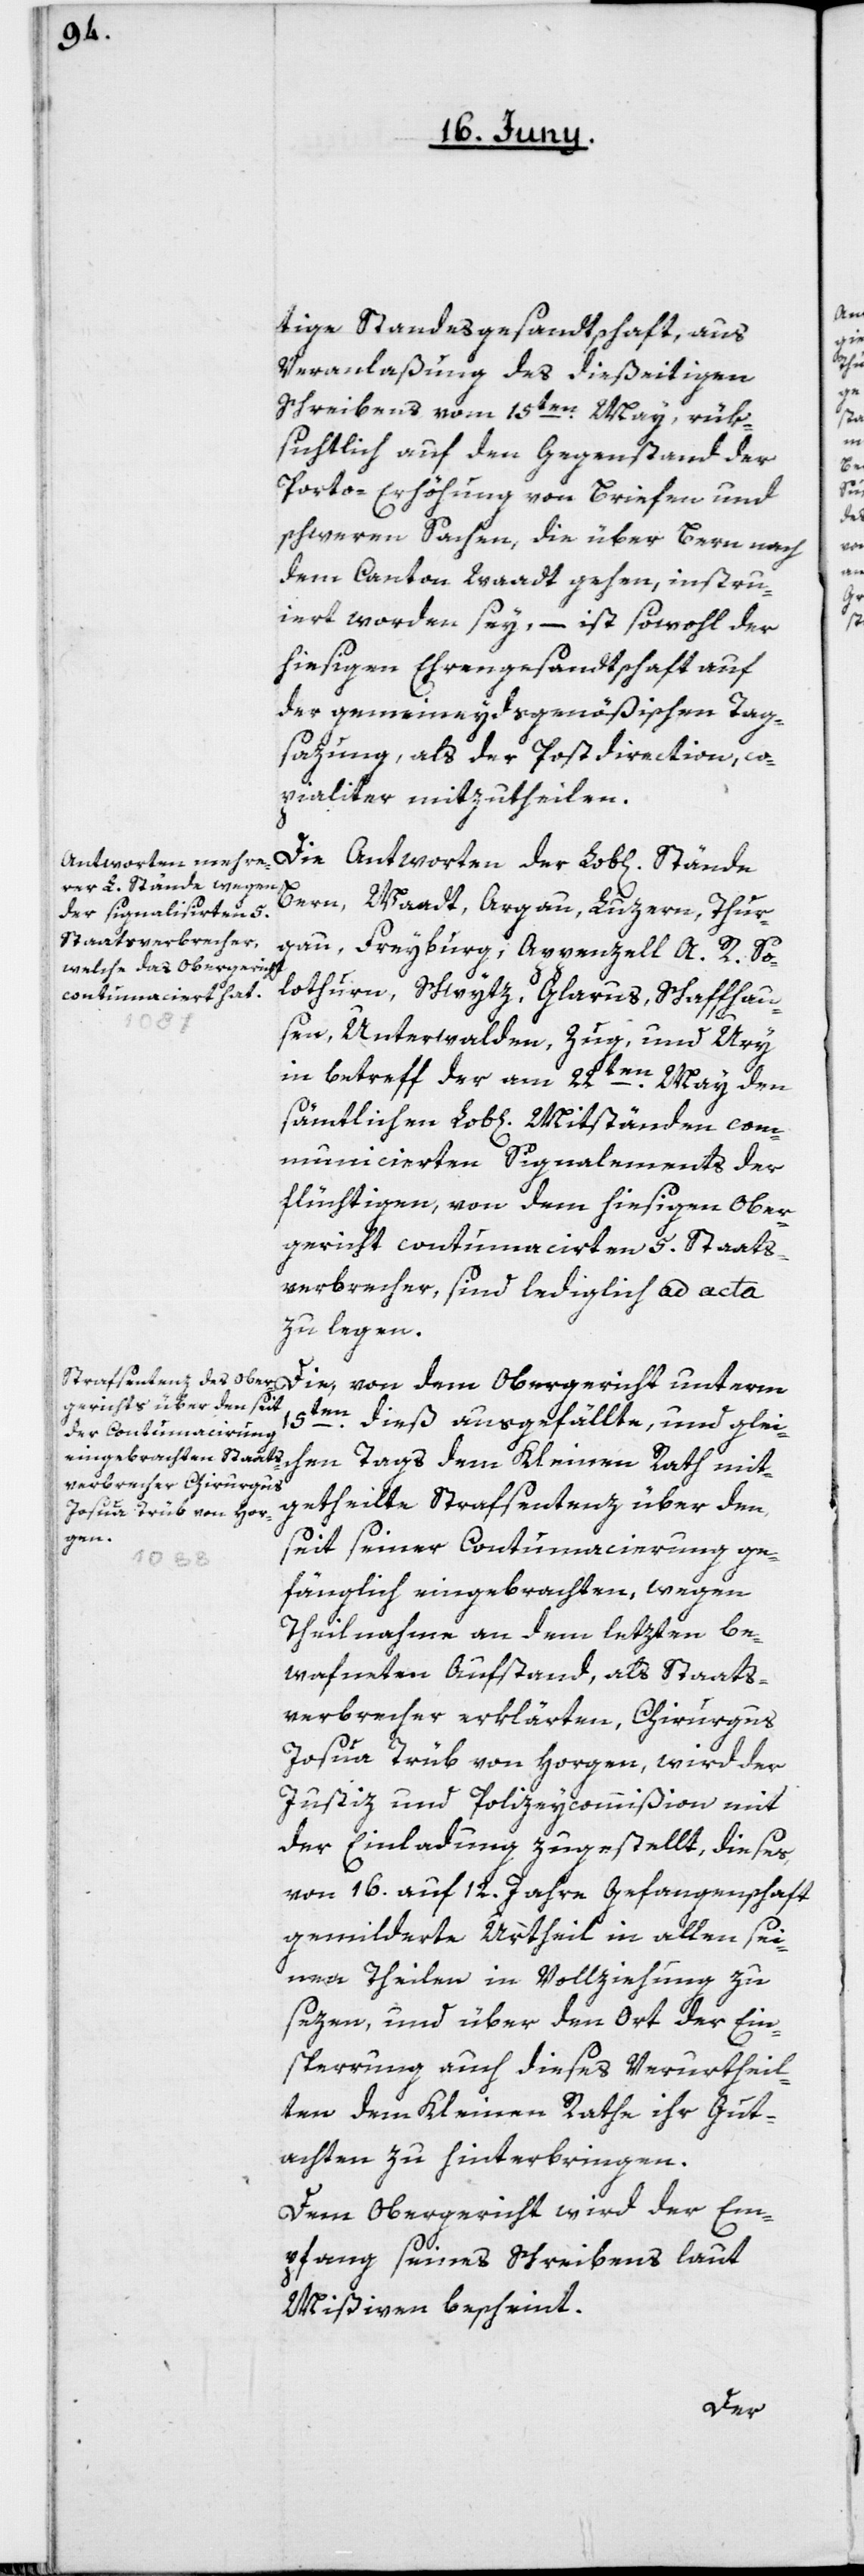
tige Standesgesandtschaft, aus
Veranlaßung des dießeitigen
Schreibens vom 15ten May, rük¬
sichtlich auf den Gegenstand der
Porto-Erhöhung von Briefen und
schweren Sachen, die über Bern nach
dem Canton Waadt gehen, instru¬
iert worden sey, – ist sowohl der
hiesigen Ehrengesandtschaft auf
der gemeineydsgenößischen Tag¬
sazung, als der Postdirection co¬
pialiter mitzutheilen.
Bern, Waadt, Argau, Luzern, Thur¬
gau, Freyburg, Appenzell A. R., So¬
lothurn, Schwytz, Glarus, Schaffhau¬
sen, Unterwalden, Zug und Ury,
in betreff der am 22ten May den
sämtlichen Lob[lichen] Mitständen com¬
municierten Signalements der
flüchtigen, von dem hiesigen Ober¬
gericht contumacirten 5. Staats¬
verbrecher, sind lediglich ad acta
zu legen.
Die, von dem Obergericht unterm
15ten
dieß ausgefällte, und glei¬
chen Tags dem Kleinen Rath mit¬
getheilte Strafsentenz über den,
seit seiner Contumacierung ge¬
fänglich eingebrachten, wegen
Theilnahme an dem letzten be¬
wafneten Aufstand, als Staats¬
verbrecher erklärten, Chirurgus
Josua Trüb von Horgen, wird der
Justiz[-] und Polizeycommißion mit
der Einladung zugestellt, dieses,
von 16. auf 12. Jahre Gefangenschaft
gemilderte Urtheil in allen sei¬
nen Theilen in Vollziehung zu
sezen, und über den Ort der Ein¬
sperrung auch dieses Verurtheil¬
ten dem Kleinen Rathe ihr Gut¬
achten zu hinterbringen.
Dem Obergericht wird der Em¬
pfang seines Schreibens laut
Mißiven bescheint.
der